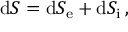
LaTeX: \mathrm { d } S = \mathrm { d } S _ { \mathrm { e } } + \mathrm { d } S _ { \mathrm { i } } \, ,